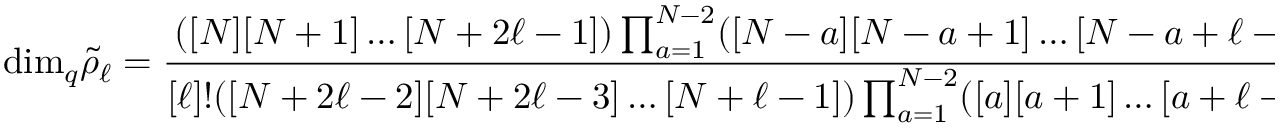
\mathrm { d i m } _ { q } { \tilde { \rho } } _ { \ell } = { \frac { ( [ N ] [ N + 1 ] \ldots [ N + 2 \ell - 1 ] ) \prod _ { a = 1 } ^ { N - 2 } ( [ N - a ] [ N - a + 1 ] \ldots [ N - a + \ell - 1 ] ) } { [ \ell ] ! ( [ N + 2 \ell - 2 ] [ N + 2 \ell - 3 ] \ldots [ N + \ell - 1 ] ) \prod _ { a = 1 } ^ { N - 2 } ( [ a ] [ a + 1 ] \ldots [ a + \ell - 1 ] ) } }